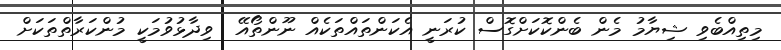
މިތިއްބެވި ޝިޔާމު މެން ބެންކޮކަށްގޮސް ކުރަނީ އެކަންތައްތަކެއް ނޫންތޯއޭ  ވިދާޅުވުމަކީ މުންކަރާތްތަކަށް